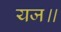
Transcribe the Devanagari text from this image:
यज॥